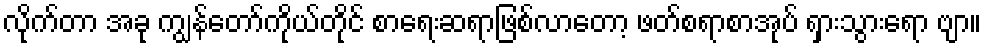
လိုက်တာ အခု ကျွန်တော်ကိုယ်တိုင် စာရေးဆရာဖြစ်လာတော့ ဖတ်စရာစာအုပ် ရှားသွားရော ဗျာ။